Annual report on the Civil Veterinary Department, Burma (including the Insein Veterinary School) - 1910-1922
Year: 1910
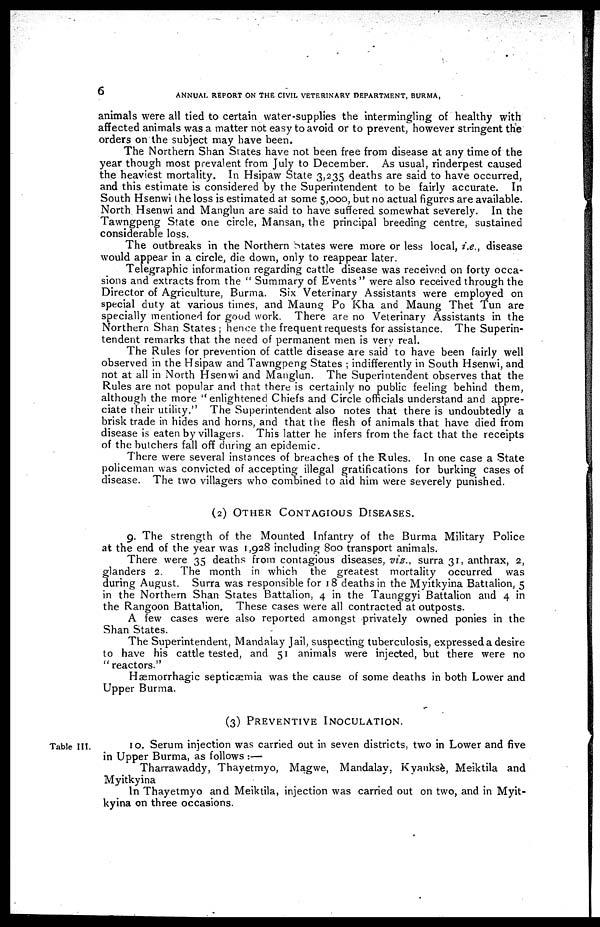
6
ANNUAL REPORT ON THE CIVIL VETERINARY DEPARTMENT, BURMA,
animals were all tied to certain water-supplies the intermingling of healthy with
affected animals was a matter not easy to avoid or to prevent, however stringent the
orders on the subject may have been.
The Northern Shan States have not been free from disease at any time of the
year though most prevalent from July to December. As usual, rinderpest caused
the heaviest mortality. In Hsipaw State 3,235 deaths are said to have occurred,
and this estimate is considered by the Superintendent to be fairly accurate. In
South Hsenwi the loss is estimated at some 5,000, but no actual figures are available.
North Hsenwi and Manglun are said to have suffered somewhat severely. In the
Tawngpeng State one circle, Mansan, the principal breeding centre, sustained
considerable loss.
The outbreaks in the Northern States were more or less local, i.e., disease
would appear in a circle, die down, only to reappear later.
Telegraphic information regarding cattle disease was received on forty occa-
sions and extracts from the " Summary of Events " were also received through the
Director of Agriculture, Burma. Six Veterinary Assistants were employed on
special duty at various times, and Maung Po Kha and Maung Thet Tun are
specially mentioned for good work. There are no Veterinary Assistants in the
Northern Shan States; hence the frequent requests for assistance. The Superin-
tendent remarks that the need of permanent men is very real.
The Rules for prevention of cattle disease are said to have been fairly well
observed in the Hsipaw and Tawngpeng States ; indifferently in South Hsenwi, and
not at all in North Hsenwi and Manglun. The Superintendent observes that the
Rules are not popular and that there is certainly no public feeling behind them,
although the more "enlightened Chiefs and Circle officials understand and appre-
ciate their utility." The Superintendent also notes that there is undoubtedly a
brisk trade in hides and horns, and that the flesh of animals that have died from
disease is eaten by villagers. This latter he infers from the fact that the receipts
of the butchers fall off during an epidemic.
There were several instances of breaches of the Rules. In one case a State
policeman was convicted of accepting illegal gratifications for burking cases of
disease. The two villagers who combined to aid him were severely punished.
(2) Other Contagious Diseases.
9. The strength of the Mounted Infantry of the Burma Military Police
at the end of the year was 1,928 including 800 transport animals.
There were 35 deaths from contagious diseases, viz., surra 31, anthrax, 2,
glanders 2.
The month in which the greatest mortality occurred was
during August. Surra was responsible for 18 deaths in the Myitkyina Battalion, 5
in the Northern Shan States Battalion, 4 in the Taunggyi Battalion and 4 in
the Rangoon Battalion. These cases were all contracted at outposts.
A few cases were also reported amongst privately owned ponies in the
Shan States.
The Superintendent, Mandalay Jail, suspecting tuberculosis, expressed a desire
to have his cattle tested, and 51 animals were injected, but there were no
"reactors."
Hæmorrhagic septicæmia was the cause of some deaths in both Lower and
Upper Burma.
(3) Preventive Inoculation.
Table III.
10. Serum injection was carried out in seven districts, two in Lower and five
in Upper Burma, as follows :—
Tharrawaddy, Thayetmyo, Magwe, Mandalay. Kyauksè, Meiktila and
Myitkyina
In Thayetmyo and Meiktila, injection was carried out on two, and in Myit-
kyina on three occasions.